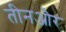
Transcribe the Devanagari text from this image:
तीनऔर